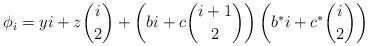
LaTeX: \begin{align*}\phi_i = yi + z\binom{i}{2} + \left(bi+c\binom{i+1}{2}\right)\left(b^*i+c^*\binom{i}{2}\right)\end{align*}